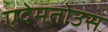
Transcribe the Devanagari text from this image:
एदेमतोउस